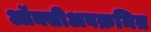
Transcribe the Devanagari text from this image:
ऑक्सीअवक्रमित